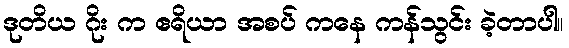
ဒုတိယ ဂိုး က ဧရိယာ အစပ် ကနေ ကန်သွင်း ခဲ့တာပါ။